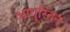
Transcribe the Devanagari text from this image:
आगुस्तिन